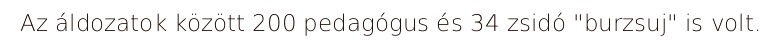
Az áldozatok között 200 pedagógus és 34 zsidó "burzsuj" is volt.